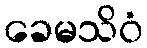
ခေမသိဝံ